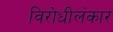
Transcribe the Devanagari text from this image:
विरोधीलंकार